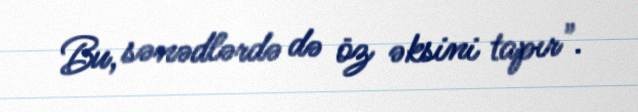
Bu, sənədlərdə də öz əksini tapır".